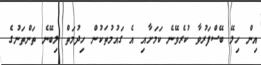
އިން ހިލޭ ބޭސްފަރުވާ ކުރެވޭނެ ކަމަށާއި އެ ގައުމުތަކުން ހިދުމަތް ލިބޭނެ ތަންތަނުގެ